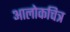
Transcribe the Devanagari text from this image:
आलोकचित्र